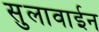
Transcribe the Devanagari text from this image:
सुलावाईन